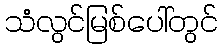
သံလွင်မြစ်ပေါ်တွင်